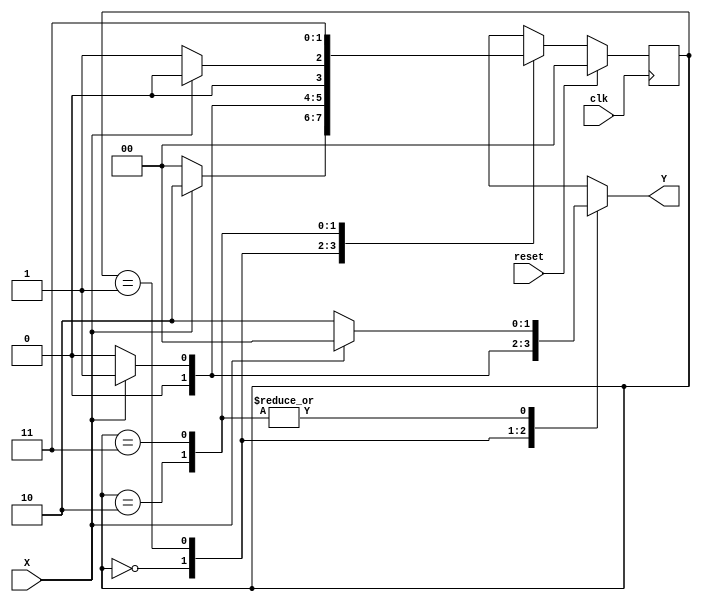
`timescale 1ns / 1ns

module FSM(Y, X, reset, clk);

output reg [1:0]Y;
input wire X;
input wire reset;
input wire clk;

parameter S0 = 2'b00,
	S1 = 2'b01,
	S2 = 2'b10,
	S3 = 2'b11;
	
reg [1:0] currentState;
reg [1:0] nextState;

initial begin
	currentState <= S0;
end

always@(X, currentState) begin
	case(currentState)
		S0: begin
			if(X == 0) begin
				nextState <= S0;
				Y <= 2'b01;
			end
			else begin
				nextState <= S2;
				Y <= 2'b00;
			end
		end
		S1: begin
			if(X == 0) begin
				nextState <= S0;
				Y <= 2'b00;
			end
			else begin
				nextState <= S1;
				Y <= 2'b01;
			end
		end
		S2: begin
			if(X == 0) begin
				nextState <= S1;
				Y <= 2'b10;
			end
			else begin
				nextState <= S0;
				Y <= 2'b00;
			end
		end
		S3: begin
			if(X == 0) begin
				nextState <= S3;
				Y <= 2'b10;
			end
			else begin
				nextState <= S3;
				Y <= 2'b00;
			end
		end
	endcase
end
		
always@(posedge clk) begin
	if(reset) begin
		currentState <= S0;
	end
	else begin
		currentState <= nextState;
	end
end

endmodule